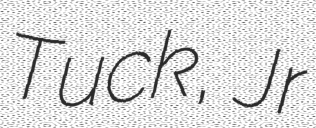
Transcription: Tuck, Jr